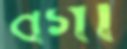
বগী